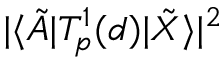
| \langle \tilde { A } | T _ { p } ^ { 1 } ( d ) | \tilde { X } \rangle | ^ { 2 }